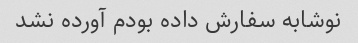
نوشابه سفارش داده بودم آورده نشد